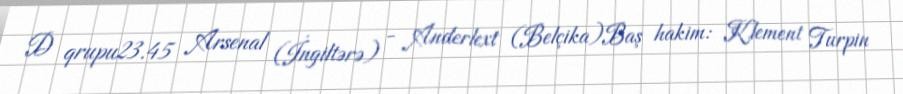
D qrupu23.45 Arsenal (İngiltərə) - Anderlext (Belçika)Baş hakim: Klement Turpin